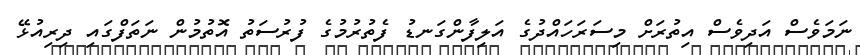
ނަމަވެސް އަދިވެސް އިތުރަށް މިސަރަހައްދުގެ އަލިފާންގަނޑު ފެތުރުމުގެ ފުރުސަތު އޮތުމުން ނަތަފްގައި ދިރިއުޅޭ